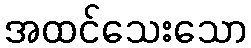
အထင်သေးသော